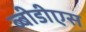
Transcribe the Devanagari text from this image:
ब्बीडीएस